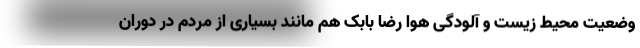
وضعیت محیط زیست و آلودگی هوا رضا بابک هم مانند بسیاری از مردم در دوران